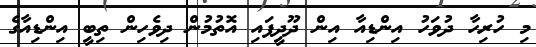
މި ހުރިހާ ދުވަހު އިންޑިއާ އިން ދޫދީފައި އޮތުމުން ދިވެހިން ތިބީ އިންޑިއާގެ